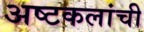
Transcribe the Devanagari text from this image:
अष्‍टकलांची